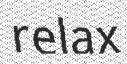
relax